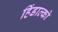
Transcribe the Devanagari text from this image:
हिंडाल्‍को